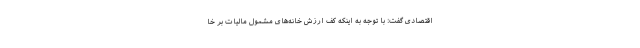
اقتصادی گفت: با توجه به اینکه کف ارزش خانه‌های مشمول مالیات بر خا